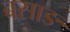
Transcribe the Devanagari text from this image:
बसाङ